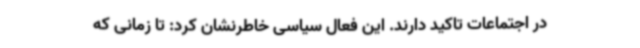
در اجتماعات تاکید دارند. این فعال سیاسی خاطرنشان کرد: تا زمانی که